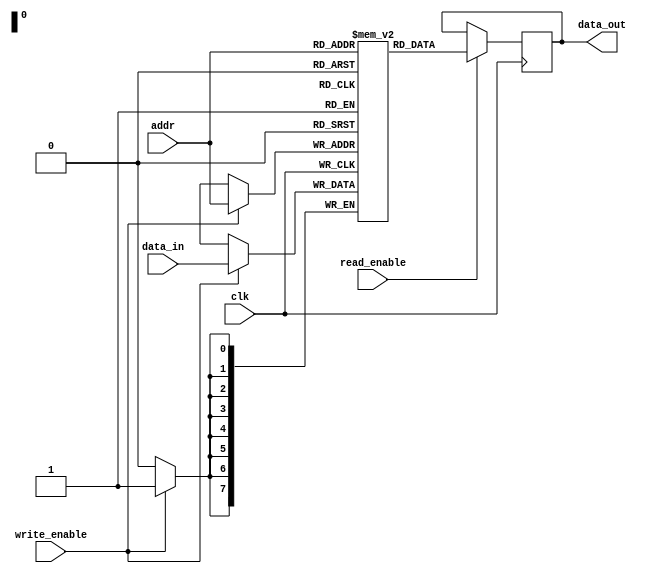
module synchronous_sram #(
    parameter ADDR_WIDTH = 8, // Address width (number of address bits)
    parameter DATA_WIDTH = 8   // Data width (number of bits)
)(
    input  wire                  clk,               // Clock input
    input  wire                  write_enable,      // Write Enable signal
    input  wire                  read_enable,       // Read Enable signal
    input  wire [ADDR_WIDTH-1:0] addr,              // Address lines
    input  wire [DATA_WIDTH-1:0] data_in,           // Data input lines
    output reg  [DATA_WIDTH-1:0] data_out           // Data output lines
);

    // Memory array
    reg [DATA_WIDTH-1:0] memory_array [0:(1 << ADDR_WIDTH)-1];

    // Read and Write operations
    always @(posedge clk) begin
        if (write_enable) begin
            // Write operation
            memory_array[addr] <= data_in;
        end
        if (read_enable) begin
            // Read operation
            data_out <= memory_array[addr];
        end
    end

endmodule